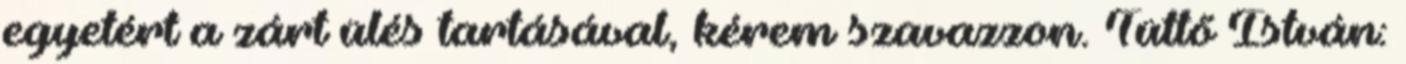
egyetért a zárt ülés tartásával, kérem szavazzon. Tüttő István: